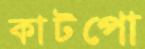
কাটপো